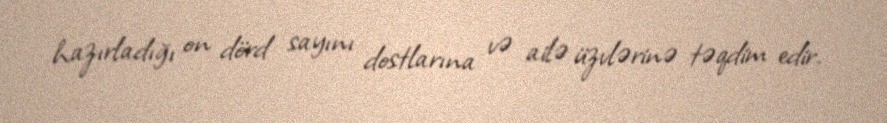
hazırladığı on dörd sayını dostlarına və ailə üzvlərinə təqdim edir.